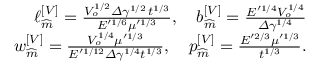
\begin{array} { r } { \ell _ { \widehat { m } } ^ { \left[ V \right] } = \frac { V _ { o } ^ { 1 / 2 } \varDelta \gamma ^ { 1 / 2 } \, t ^ { 1 / 3 } } { E ^ { \prime 1 / 6 } \mu ^ { \prime 1 / 3 } } , \quad b _ { \widehat { m } } ^ { \left[ V \right] } = \frac { E ^ { \prime 1 / 4 } V _ { o } ^ { 1 / 4 } } { \varDelta \gamma ^ { 1 / 4 } } } \\ { w _ { \widehat { m } } ^ { \left[ V \right] } = \frac { V _ { o } ^ { 1 / 4 } \mu ^ { \prime 1 / 3 } } { E ^ { \prime 1 / 1 2 } \varDelta \gamma ^ { 1 / 4 } t ^ { 1 / 3 } } , \quad p _ { \widehat { m } } ^ { \left[ V \right] } = \frac { E ^ { \prime 2 / 3 } \mu ^ { \prime 1 / 3 } } { t ^ { 1 / 3 } } . } \end{array}